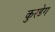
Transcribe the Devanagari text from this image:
कुरडेग